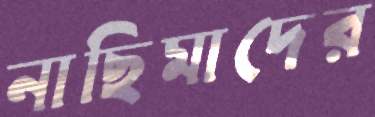
নাছিমাদের